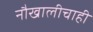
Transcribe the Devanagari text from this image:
नौखालीचाही